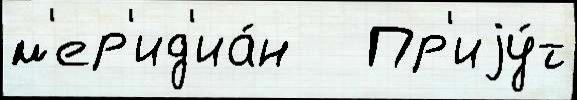
м'ер'ид'иа́н   Пр'иjу́т